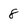
Character: 8